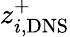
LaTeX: z_{i,\mathrm{DNS}}^{+}